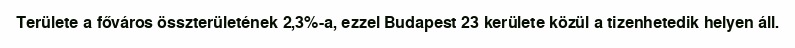
Területe a főváros összterületének 2,3%-a, ezzel Budapest 23 kerülete közül a tizenhetedik helyen áll.